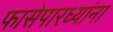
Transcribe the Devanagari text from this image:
फासेपारध्यांना